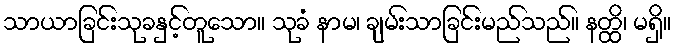
သာယာခြင်းသုခနှင့်တူသော။ သုခံ နာမ၊ ချမ်းသာခြင်းမည်သည်။ နတ္ထိ၊ မရှိ။